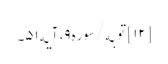
[۱۲] توبه/سوره۹، آیه۵۱۔